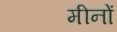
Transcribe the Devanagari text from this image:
मीनों